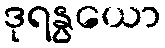
ဒုရနွယော